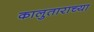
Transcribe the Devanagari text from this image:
कालुताराच्या